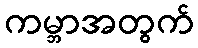
ကမ္ဘာအတွက်